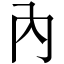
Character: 內